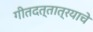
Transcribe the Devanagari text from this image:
गीतदत्तात्रयाचे